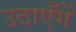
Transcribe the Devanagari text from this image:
उठाएँगें